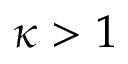
\kappa > 1